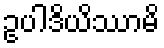
ဥပါဒိယိဿာမိ